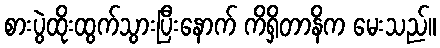
စားပွဲထိုးထွက်သွားပြီးနောက် ကိရှိတာနိက မေးသည်။